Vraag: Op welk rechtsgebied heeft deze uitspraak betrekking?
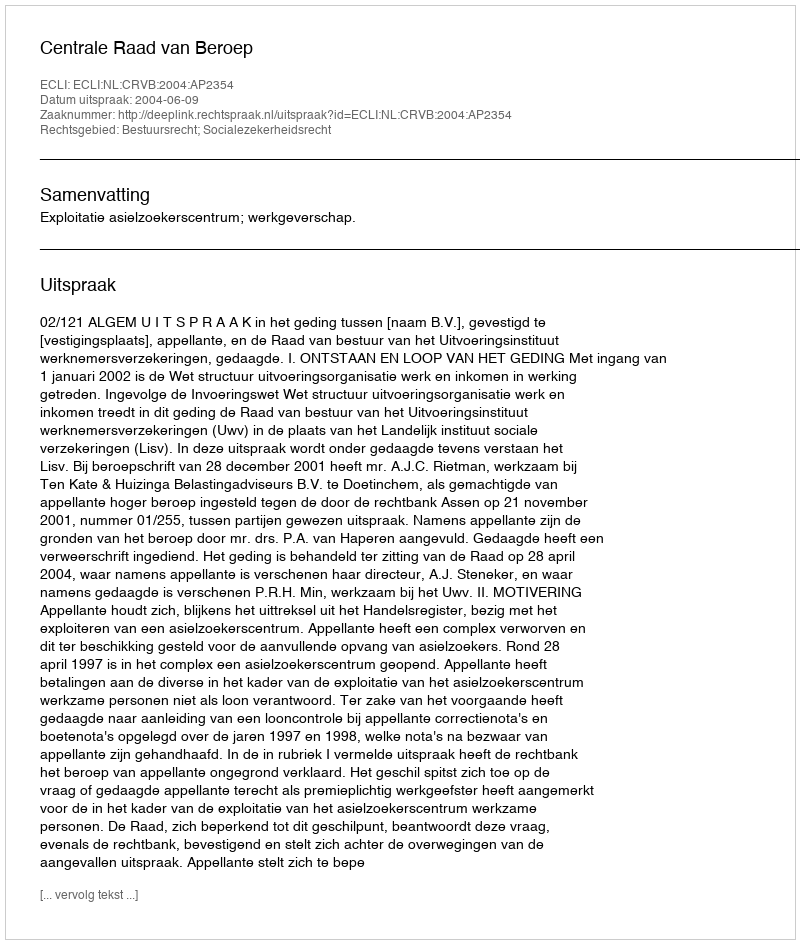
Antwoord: Bestuursrecht; Socialezekerheidsrecht